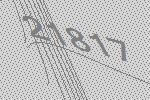
21817